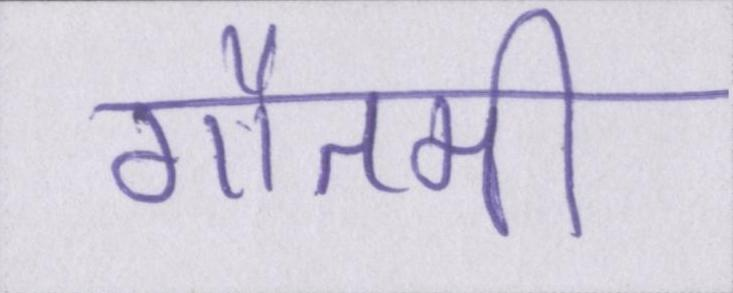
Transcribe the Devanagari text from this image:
गौतमी